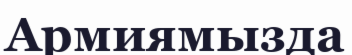
Армиямызда